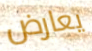
يعارض